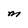
Character: M